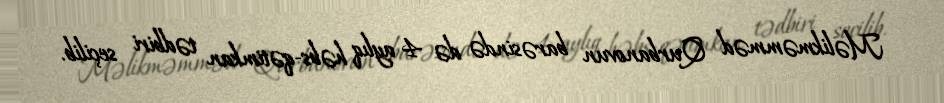
Məlikməmməd Qurbanovun barəsində də 4 aylıq həbs-qətimkan tədbiri seçilib.